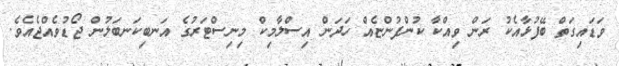
ވަޑައިގަތް ބޭފުޅާއެކު ރަން ވިއްކާ ކުންފުންޏެއް ހަދަން އިސްލާމިކް މިނިސްޓަރުގެ އަނބިކަނބަލުން ޖޯޑުވެއްޖެއެވެ.